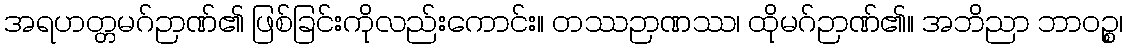
အရဟတ္တမဂ်ဉာဏ်၏ ဖြစ်ခြင်းကိုလည်းကောင်း။ တဿဉာဏဿ၊ ထိုမဂ်ဉာဏ်၏။ အဘိညာ ဘာဝဉ္စ၊